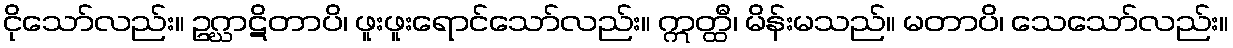
ငိုသော်လည်း။ ဥဂ္ဃာဋိတာပိ၊ ဖူးဖူးရောင်သော်လည်း။ ဣတ္ထီ၊ မိန်းမသည်။ မတာပိ၊ သေသော်လည်း။